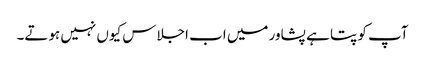
آپ کو پتا ہے پشاور میں اب اجلاس کیوں نہیں ہوتے۔